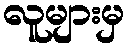
လူများမှ